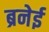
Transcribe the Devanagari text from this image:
ब्रनेई